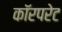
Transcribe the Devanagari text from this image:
कॉरपरेट